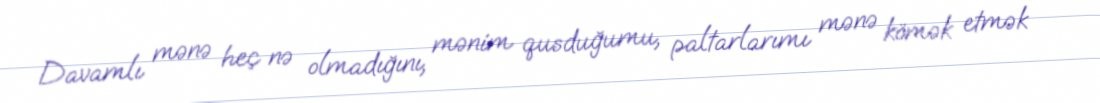
Davamlı mənə heç nə olmadığını, mənim qusduğumu, paltarlarımı mənə kömək etmək